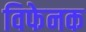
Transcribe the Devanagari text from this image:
विफेनक